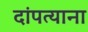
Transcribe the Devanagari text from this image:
दांपत्याना